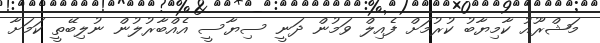
މަޝްރޫއު ކާމިޔާބު ކުރުމަށް ފެއިލް ވަމުން ދަނީ ސިޔާސީ އެއްބާރުލުން ނުލިބޭތީ ކަމަށާ